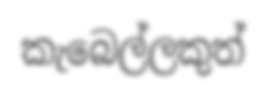
කැබෙල්ලකුත්